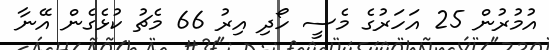
އުމުރުން 25 އަހަރުގެ މެސީ ހޯދި އިރު 66 މެޗު ކުޅެގެން އޭނާ